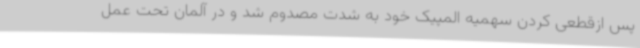
پس ازقطعی کردن سهمیه المپیک خود به شدت مصدوم شد و در آلمان تحت عمل